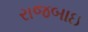
રાજબાઇ